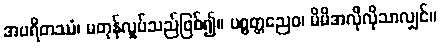
အပရိတဿံ၊ မတုန်လှုပ်သည်ဖြစ်၍။ ပစ္စတ္တညေဝ၊ မိမိအလိုလိုသာလျှင်။